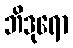
ဘိဒုရော